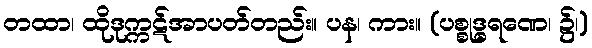
တထာ၊ ထိုဒုက္ကဋ်အာပတ်တည်း။ ပန၊ ကား။ (ပစ္စုဒ္ဓရဏေ၊ ၌၊)